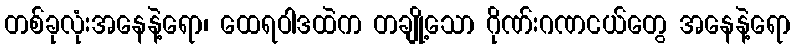
တစ်ခုလုံးအနေနဲ့ရော၊ ထေရဝါဒထဲက တချို့သော ဂိုဏ်းဂဏငယ်တွေ အနေနဲ့ရော